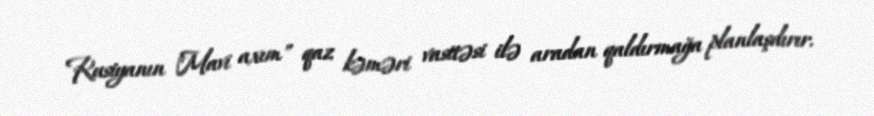
Rusiyanın "Mavi axım" qaz kəməri vasitəsi ilə aradan qaldırmağa planlaşdırır.